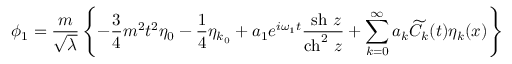
\phi _ { 1 } = \frac { m } { \sqrt \lambda } \left\{ - \frac { 3 } { 4 } m ^ { 2 } t ^ { 2 } { \eta } _ { 0 } - \frac { 1 } { 4 } { \eta } _ { k { _ 0 } } + a _ { 1 } e ^ { i \omega _ { 1 } t } \frac { ~ \mathrm { { s h } } ~ z } { \mathrm { { c h } } ^ { 2 } ~ z } + \sum _ { k = 0 } ^ { \infty } a _ { k } { \widetilde C } _ { k } ( t ) \eta _ { k } ( x ) \right\}